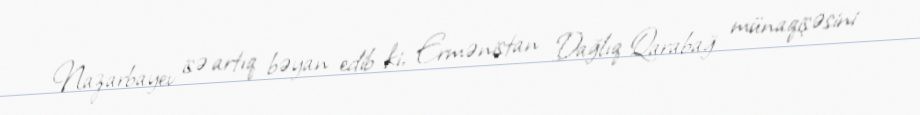
Nazarbayev isə artıq bəyan edib ki, Ermənistan Dağlıq Qarabağ münaqişəsini